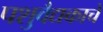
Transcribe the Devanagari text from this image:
पशुवैद्यकाचे